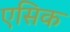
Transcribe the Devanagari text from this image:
एसिक